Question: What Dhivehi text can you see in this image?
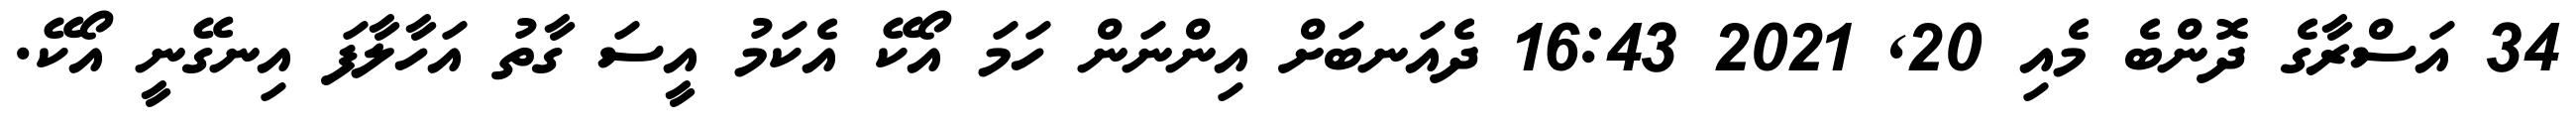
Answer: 34 އަސްރާގެ ދޮންބެ މެއި 20, 2021 16:43 ދެއަނބަށް އިންނަން ހަމަ އޯކޭ އެކަމު އީސަ ގާތު އަހާލާފަ އިނގޭނީ އޯކޭ.